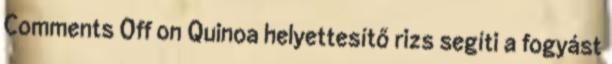
Comments Off on Quinoa helyettesítő rizs segíti a fogyást